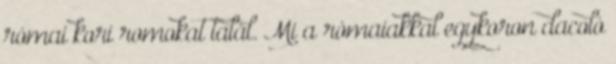
római kori romokat talál. Mi a rómaiakkal egykoron dacoló